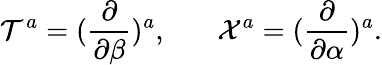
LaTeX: {\cal T}^{a}=({\frac{\partial}{\partial\beta}})^{a},\ \ \ \ \ \ \ {\cal X}^{a}=({\frac{\partial}{\partial\alpha}})^{a}.